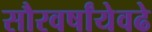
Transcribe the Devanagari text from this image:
सौरवर्षांयेवढे